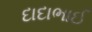
દાદાભાઈ